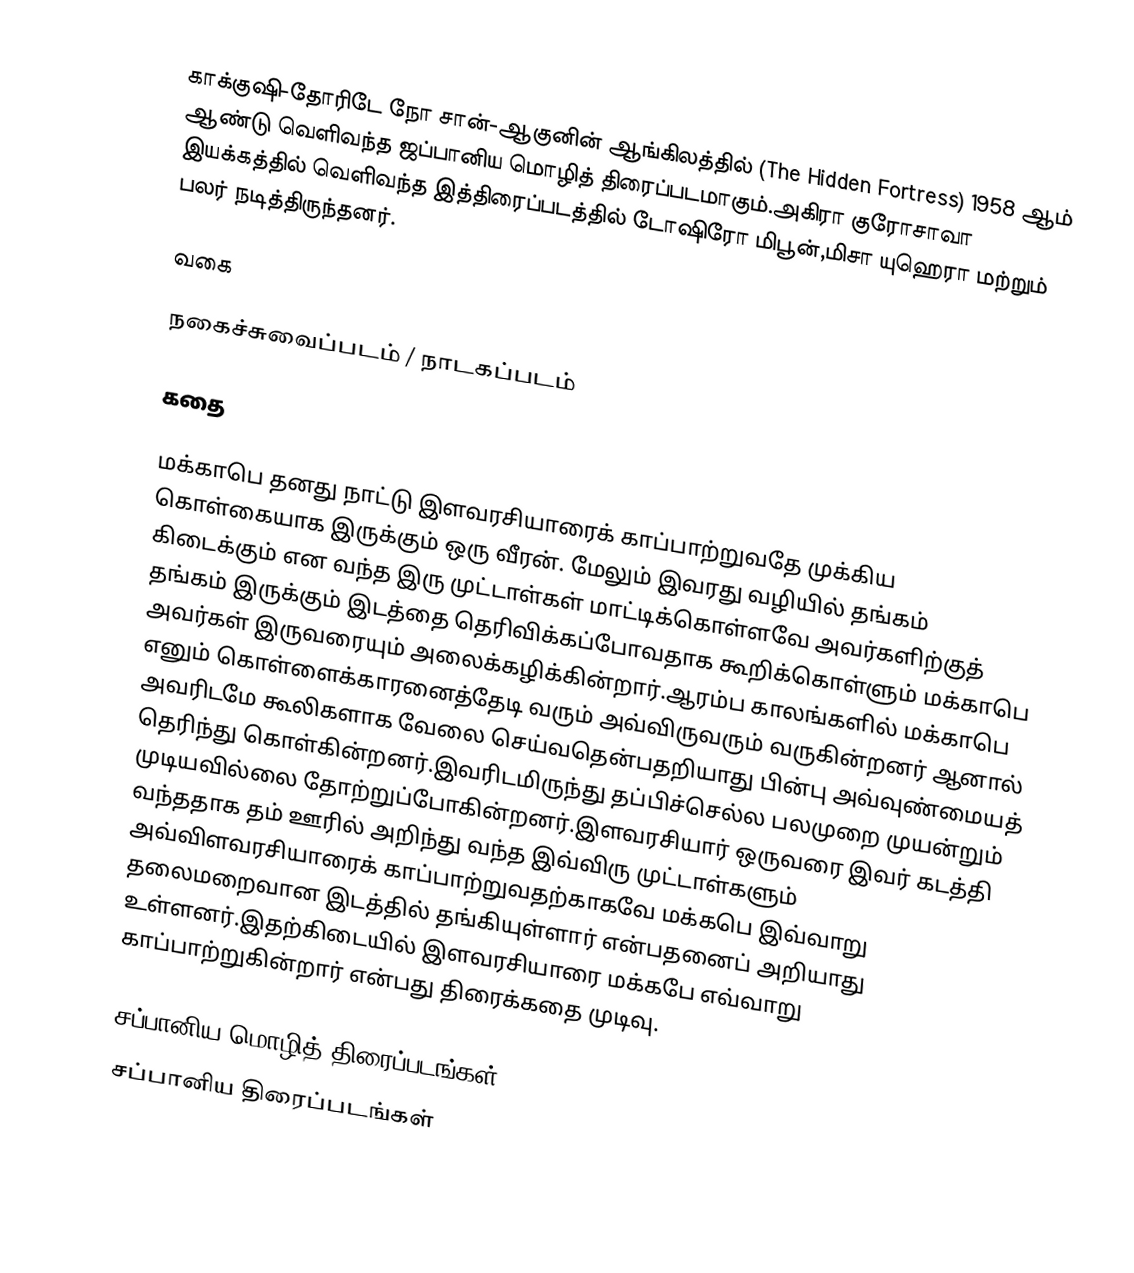
காக்குஷி-தோரிடே நோ சான்-ஆகுனின் ஆங்கிலத்தில் (The Hidden Fortress) 1958 ஆம் ஆண்டு வெளிவந்த ஜப்பானிய மொழித் திரைப்படமாகும்.அகிரா குரோசாவா இயக்கத்தில் வெளிவந்த இத்திரைப்படத்தில் டோஷிரோ மிபூன்,மிசா யுஹெரா மற்றும் பலர் நடித்திருந்தனர்.

வகை

நகைச்சுவைப்படம் / நாடகப்படம்

கதை

மக்காபெ தனது நாட்டு இளவரசியாரைக் காப்பாற்றுவதே முக்கிய கொள்கையாக இருக்கும் ஒரு வீரன். மேலும் இவரது வழியில் தங்கம் கிடைக்கும் என வந்த இரு முட்டாள்கள் மாட்டிக்கொள்ளவே அவர்களிற்குத் தங்கம் இருக்கும் இடத்தை தெரிவிக்கப்போவதாக கூறிக்கொள்ளும் மக்காபெ அவர்கள் இருவரையும் அலைக்கழிக்கின்றார்.ஆரம்ப காலங்களில் மக்காபெ எனும் கொள்ளைக்காரனைத்தேடி வரும் அவ்விருவரும் வருகின்றனர் ஆனால் அவரிடமே கூலிகளாக வேலை செய்வதென்பதறியாது பின்பு அவ்வுண்மையத் தெரிந்து கொள்கின்றனர்.இவரிடமிருந்து தப்பிச்செல்ல பலமுறை முயன்றும் முடியவில்லை தோற்றுப்போகின்றனர்.இளவரசியார் ஒருவரை இவர் கடத்தி வந்ததாக தம் ஊரில் அறிந்து வந்த இவ்விரு முட்டாள்களும் அவ்விளவரசியாரைக் காப்பாற்றுவதற்காகவே மக்கபெ இவ்வாறு தலைமறைவான இடத்தில் தங்கியுள்ளார் என்பதனைப் அறியாது உள்ளனர்.இதற்கிடையில் இளவரசியாரை மக்கபே எவ்வாறு காப்பாற்றுகின்றார் என்பது திரைக்கதை முடிவு.

சப்பானிய மொழித் திரைப்படங்கள்
சப்பானிய திரைப்படங்கள்